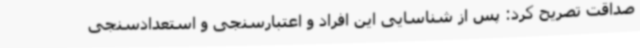
صداقت تصریح کرد: پس از شناسایی این افراد و اعتبارسنجی و استعدادسنجی